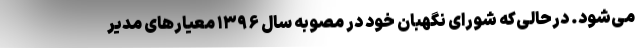
می‌شود. در‌حالی‌که شورای نگهبان خود در مصوبه سال ۱۳۹۶ معیار‌های مدیر